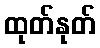
ထုတ်နုတ်